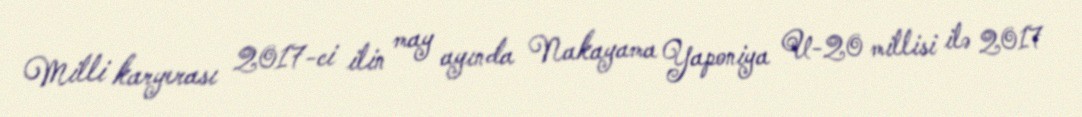
Milli karyerası 2017-ci ilin may ayında Nakayama Yaponiya U-20 millisi ilə 2017